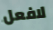
لافعل